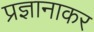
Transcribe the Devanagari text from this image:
प्रज्ञानाकर